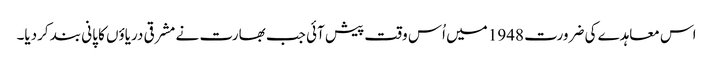
اس معاہدے کی ضرورت 1948 میں اُس وقت پیش آئی جب بھارت نے مشرقی دریاؤں کا پانی بند کردیا۔